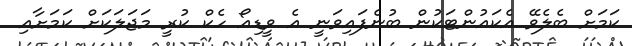
ކަމަށް ބެލެވޭ އެކައުންޓަކުން ބުނެފައިވަނީ އެ ވީޑިއޯ ހެކް ކުރީ މަޖަލަކަށް ކަމަށާއި